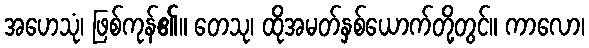
အဟေသုံ၊ ဖြစ်ကုန်၏။ တေသု၊ ထိုအမတ်နှစ်ယောက်တို့တွင်။ ကာလော၊